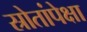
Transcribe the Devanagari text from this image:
स्रोतांपेक्षा